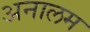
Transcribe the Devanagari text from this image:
अनालम